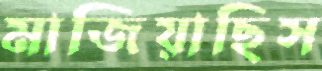
মাজিয়াছিস